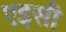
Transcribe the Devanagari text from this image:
एइसी